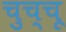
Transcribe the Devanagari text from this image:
चुच्चू